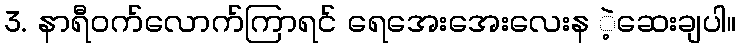
3. နာရီဝက်လောက်ကြာရင် ရေအေးအေးလေးန ဲ့ဆေးချပါ။